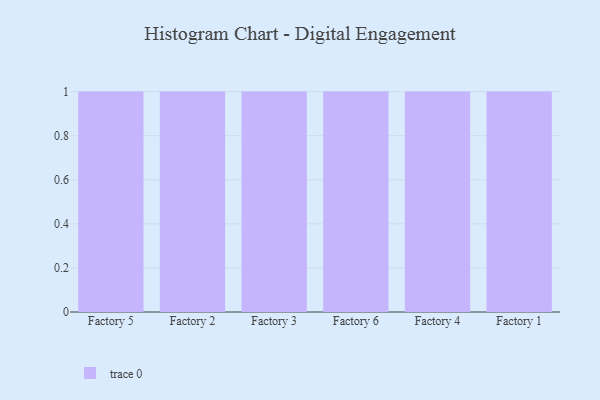
{"axis": {"x": "Factory", "y": "Customer Acquisition Cost (USD)"}, "legend": [""], "data": [{"x": "Factory 5", "y": 80, "type": ""}, {"x": "Factory 2", "y": 37, "type": ""}, {"x": "Factory 3", "y": 96, "type": ""}, {"x": "Factory 6", "y": 99, "type": ""}, {"x": "Factory 4", "y": 62, "type": ""}, {"x": "Factory 1", "y": 97, "type": ""}]}